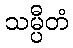
သမ္ပီတံ